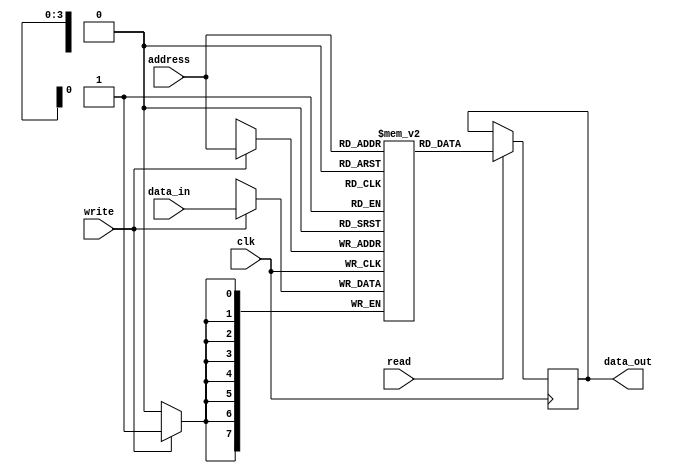
module memory_int_cond #(
	// Los parametros se definen antes de la construccion o sintesis,
	// una vez sintetizado el modelo, no se pueden modificar.
	// Por esta razon, no se modifican en el testbench
	parameter BUS_SIZE = 32,
	parameter ADDR_WIDTH = 4,
	parameter NUM_MEM_UNITS = 4,
	parameter MEM_LENGTH = 1 << ADDR_WIDTH,
	parameter MEM_UNIT_WIDTH = BUS_SIZE / NUM_MEM_UNITS
	) (
	input clk,
	input read,
	input write,
	input [MEM_UNIT_WIDTH-1:0] data_in,
	input [ADDR_WIDTH-1:0] address ,
	output reg [MEM_UNIT_WIDTH-1:0] data_out
);


reg [MEM_UNIT_WIDTH-1:0] mem [MEM_LENGTH-1:0];

always @ (posedge clk) begin
  	if (write) mem[address] <= data_in;
  	if (read) data_out <= mem[address];
end

endmodule